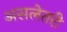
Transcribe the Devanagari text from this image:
असलेतरी